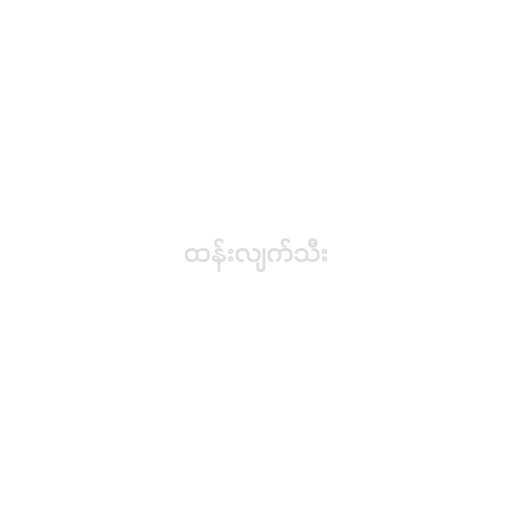
ထန်းလျက်သီး